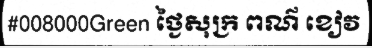
#008000Green ថ្ងៃសុក្រ ពណ៌ ខៀវ